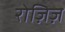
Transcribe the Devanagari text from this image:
रोज़िज़